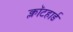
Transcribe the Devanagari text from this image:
क्लॉटहार्ड